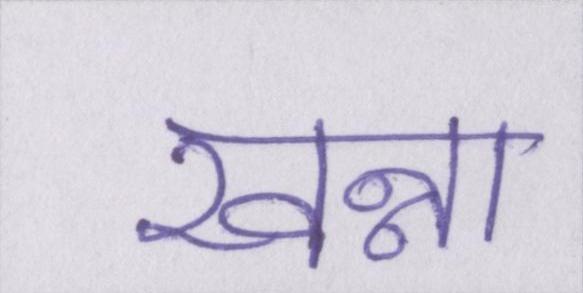
खन्ना